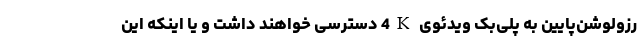
رزولوشن‌پایین به پلی‌بک ویدئوی 4K دسترسی خواهند داشت و یا اینکه این